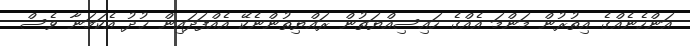
އަންހެނެއްގެ އިތުރުން މަންމަ އެއްގެ ހައިސިއްޔަތުން ރައްޔިތުންނެކޭ އެއްފަދައިން ޚުދު އެކަމަނާ ވެސް